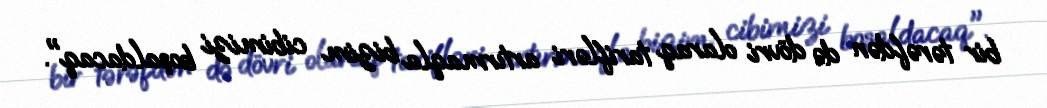
bir tərəfdən də dövri olaraq tarifləri artırmaqla bizim cibimizi boşaldacaq".